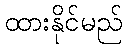
ထားနိုင်မည်